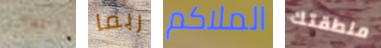
استقالتي ربما الملاكم منطقتك